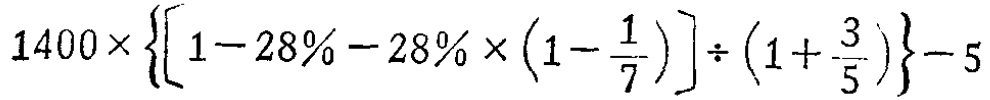
\(1400\times\left\{\left[1 - 28\% - 28\% \times\left(1-\frac{1}{7}\right)\right]\div\left(1+\frac{3}{5}\right)\right\}-5\)